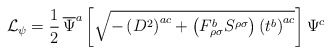
\begin{align*}{\cal{L}}_{\psi}=\frac{1}{2}\,\overline{\Psi}^a \left[\sqrt{ -\left(D^2 \right)^{ac}+\left(F_{\rho \sigma}^b S^{\rho \sigma} \right) \left(t^b\right)^{ac} } \right] \Psi^c\end{align*}